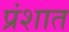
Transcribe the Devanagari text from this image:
प्रंशात